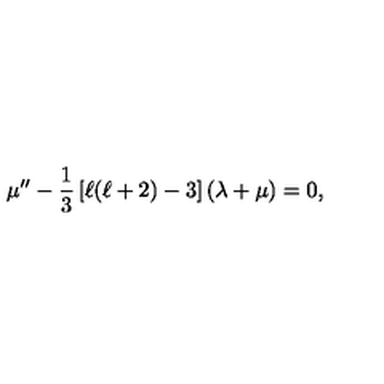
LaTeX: \mu ^ { \prime \prime } - \frac { 1 } { 3 } \left[ \ell ( \ell + 2 ) - 3 \right] \left( \lambda + \mu \right) = 0 ,